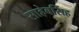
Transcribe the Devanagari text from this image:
साहेबसिंह